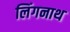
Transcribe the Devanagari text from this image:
लिंगनाथ